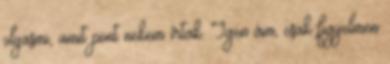
olyasmi, amit pont nekem írtak. Igen ám, csak figyelmen